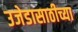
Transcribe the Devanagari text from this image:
उजेडासाठीच्या